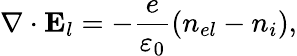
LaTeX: \nabla\cdot{\mathbf E}_{l}=-\frac{e}{\varepsilon_{0}}(n_{el}-n_{i}),